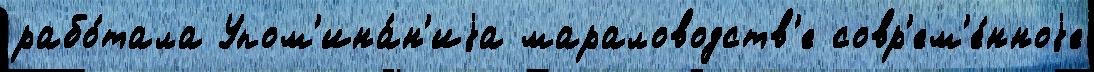
рабо́тала Упом'ина́н'иjа мараловодств'е совр'ем'е́нноjе